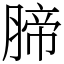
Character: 腣